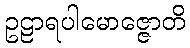
ဥဠာရပါမောဇ္ဇောတိ